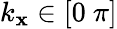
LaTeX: k_{\mathbf{x}}\in[0\mathrm{{~}}\pi]